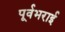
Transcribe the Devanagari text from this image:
पूर्वभराई